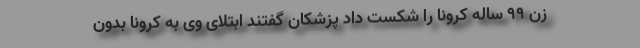
زن ۹۹ ساله کرونا را شکست داد پزشکان گفتند ابتلای وی به کرونا بدون